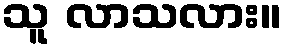
သူ လာသလား။